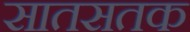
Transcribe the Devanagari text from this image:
सातसतक